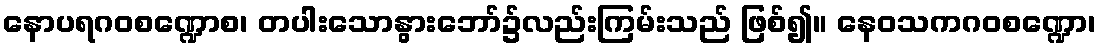
နောပရဂဝစဏ္ဍောစ၊ တပါးသောနွားဘော်၌လည်းကြမ်းသည် ဖြစ်၍။ နေဝသကဂဝစဏ္ဍော၊